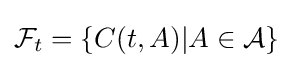
{\mathcal {F}}_{t}=\{C(t,A)|A\in {\mathcal {A}}\}